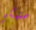
ستبكي